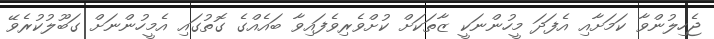
ޖެހިލުންވާ ކަމަށާއި އެފަދަ މީހުންނަކީ ޒާތަކަށް ކުށްވެރިވެފައިވާ ބައެއްގެ ގޮތުގައި އެމީހުންނަށް ގަބޫލުކުރެވޭ